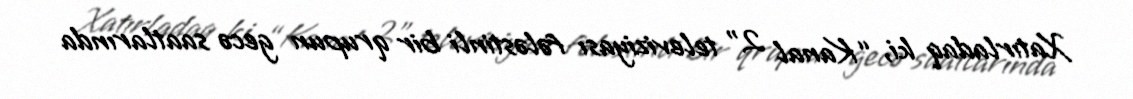
Xatırladaq ki, “Kanal 2” televiziyası fələstinli bir qrupun gecə saatlarında